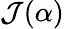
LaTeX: \mathcal{J}(\alpha)